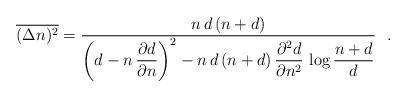
LaTeX: \begin{align*}\overline{(\Delta n)^2}=\frac{n \, d \, (n+d)}{\left (d-n \,\displaystyle{\frac{\partial d}{\partial n}}\right )^2 -n \, d\,(n+d) \, \displaystyle{ \frac{\partial ^2 d}{\partial n^2}} \,\log\frac{n+d}{d} } \ \ .\end{align*}